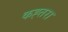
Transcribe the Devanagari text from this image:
कह्तरा